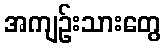
အကျဉ်းသားတွေ